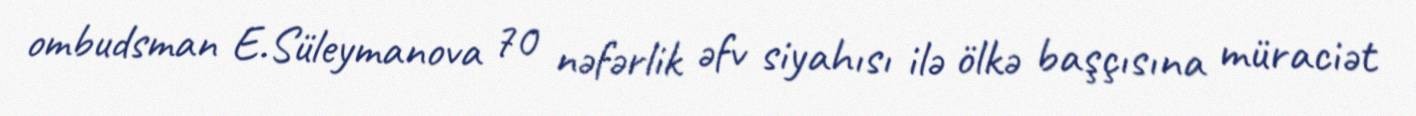
ombudsman E.Süleymanova 70 nəfərlik əfv siyahısı ilə ölkə başçısına müraciət